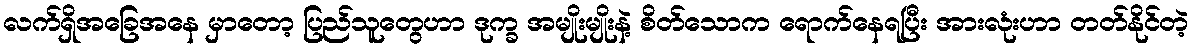
လက်ရှိအခြေအနေ မှာတော့ ပြည်သူတွေဟာ ဒုက္ခ အမျိုးမျိုးနဲ့ စိတ်သောက ရောက်နေရပြီး အားလုံးဟာ တတ်နိုင်တဲ့